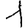
Digit: 1